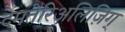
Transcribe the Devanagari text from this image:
देमतेरिअलिज़िग्